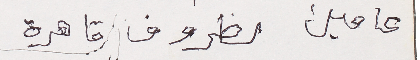
عامين لظروف قاهرة